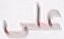
على